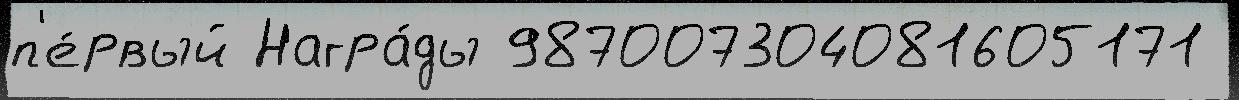
п'е́рвый Награ́ды 987007304081605171